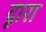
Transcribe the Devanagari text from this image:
दृारा